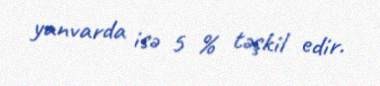
yanvarda isə 5 % təşkil edir.